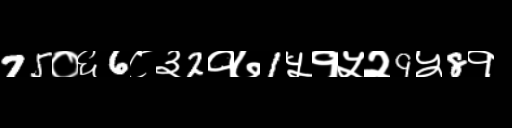
Text: 75०६6८३2१७1५१५२9५8१